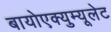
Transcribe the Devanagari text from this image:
बायोएक्युम्यूलेट